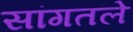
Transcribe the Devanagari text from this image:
सांगतले